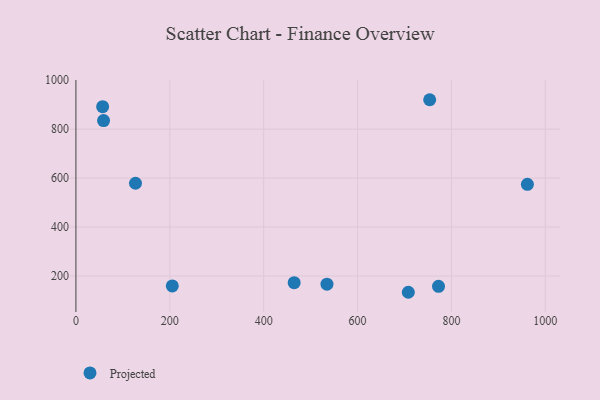
{"axis": {"x": "Speed", "y": "Sales"}, "legend": ["Projected"], "data": [{"x": "126.9", "y": 579.1, "type": "Projected"}, {"x": "58.9", "y": 835.1, "type": "Projected"}, {"x": "56.9", "y": 891.9, "type": "Projected"}, {"x": "464.9", "y": 172.6, "type": "Projected"}, {"x": "205.3", "y": 159.5, "type": "Projected"}, {"x": "772.4", "y": 157.8, "type": "Projected"}, {"x": "534.8", "y": 166.7, "type": "Projected"}, {"x": "961.7", "y": 574.5, "type": "Projected"}, {"x": "753.6", "y": 920.3, "type": "Projected"}, {"x": "708.1", "y": 133.5, "type": "Projected"}]}